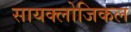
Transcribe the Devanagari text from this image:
सायक्लोजिकल